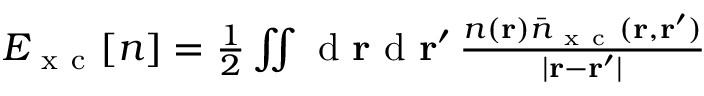
\begin{array} { r } { E _ { \mathrm { ~ x ~ c ~ } } \ensuremath { [ n ] } = \frac { 1 } { 2 } \iint \mathrm { ~ d ~ } \ensuremath { \mathbf { r } } \mathrm { ~ d ~ } \ensuremath { \mathbf { r } } ^ { \prime } \, \frac { n ( \ensuremath { \mathbf { r } } ) \bar { n } _ { \mathrm { ~ x ~ c ~ } } ( \ensuremath { \mathbf { r } } , \ensuremath { \mathbf { r } } ^ { \prime } ) } { | \ensuremath { \mathbf { r } } - \ensuremath { \mathbf { r } } ^ { \prime } | } } \end{array}